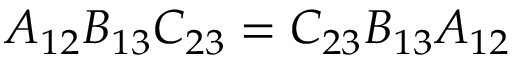
A _ { 1 2 } B _ { 1 3 } C _ { 2 3 } = C _ { 2 3 } B _ { 1 3 } A _ { 1 2 }